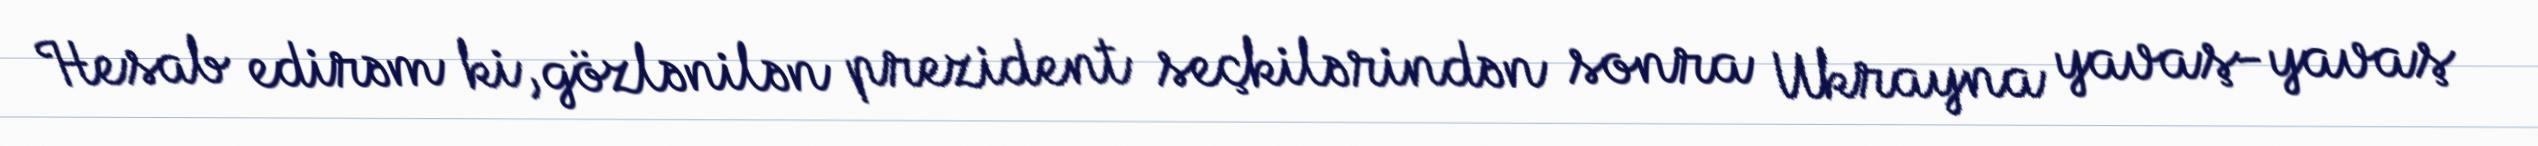
Hesab edirəm ki, gözlənilən prezident seçkilərindən sonra Ukrayna yavaş-yavaş